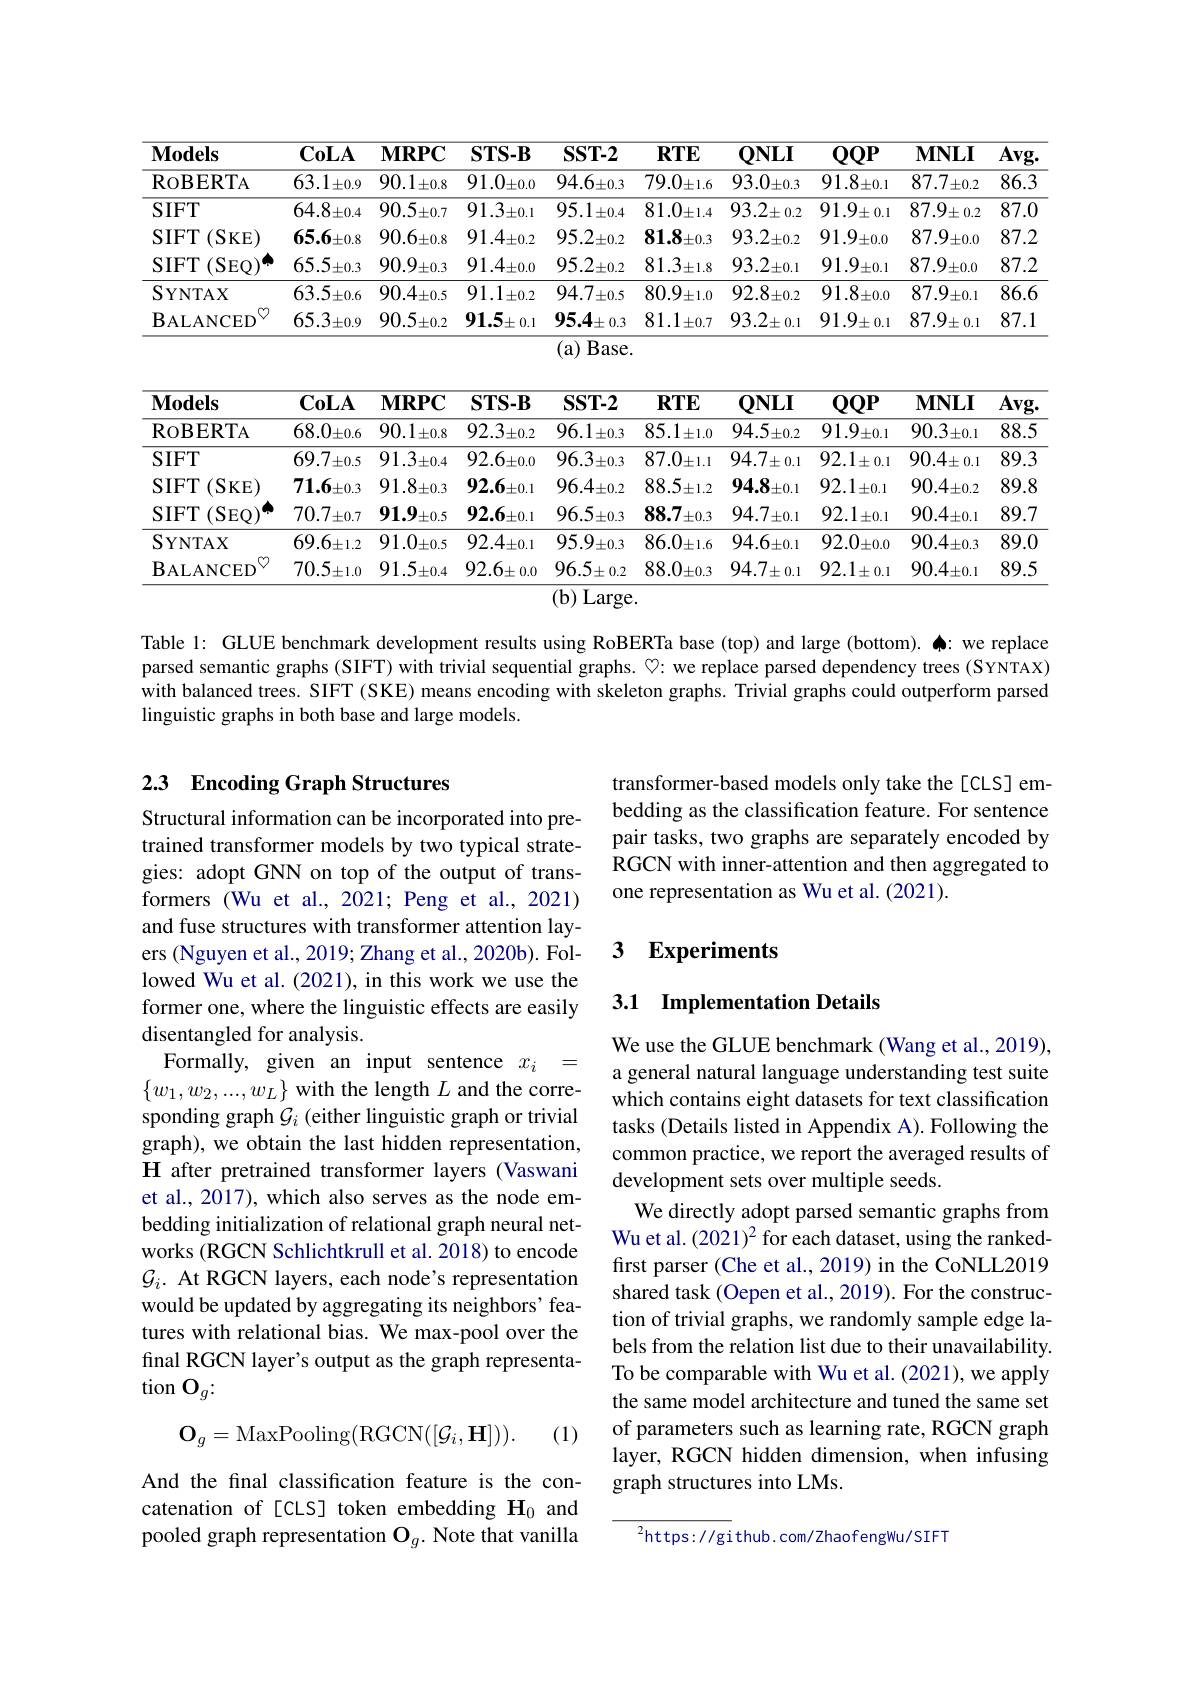
<table>
	<tbody>
		<tr>
			<th>$\mathbf{Models}$</th>
			<th>$\mathbf{CoLA}$</th>
			<th>$\mathbf{MRPC}$</th>
			<th>$\mathbf{STS-B}$</th>
			<th>$SST-2$</th>
			<th>$\textbf{RTE}$</th>
			<th>$QNLI$</th>
			<th>$QQP$</th>
			<th>$\mathbf{MNLI}$</th>
			<th>$\overline{\mathbf{Avg}}.$</th>
		</tr>
		<tr>
			<td>$\operatorname{RoBERTA}$</td>
			<td>$63.1\pm0.9$</td>
			<td>$90.1\pm0.8$</td>
			<td>$91.0\pm0.0$</td>
			<td>$94.6_{\pm0.3}$</td>
			<td>$79.0\pm1.6$</td>
			<td>$93.0_{\pm0.3}$</td>
			<td>$91.8_{\pm0.1}$</td>
			<td>87.7. $\pm0.2$</td>
			<td>86.3</td>
		</tr>
		<tr>
			<td>$SIFT$</td>
			<td>$64.8_{\pm0.4}$</td>
			<td>$90.5\pm0.7$</td>
			<td>$91.3_{\pm0.1}$</td>
			<td>$95.1\pm0.4$</td>
			<td>$81.0\pm1.4$</td>
			<td>$93.2\pm0.2$</td>
			<td>$91.9\pm0.1$</td>
			<td>$87.9_{\pm0.2}$</td>
			<td>$\overline{87.0}$</td>
		</tr>
		<tr>
			<td>(SKE) $SIFT$</td>
			<td>$65.6\pm0.8$</td>
			<td>$90.6\pm0.8$</td>
			<td>$91.4_{\pm0.2}$</td>
			<td>$95.2_{\pm0.2}$</td>
			<td>81.8 $i\pm0.3$</td>
			<td>$93.2_{\pm0.2}$</td>
			<td>91.9 $\pm0.0$</td>
			<td>87.9 $\pm0.0$</td>
			<td>87.2</td>
		</tr>
		<tr>
			<td>$SIFT$ (SEQ)</td>
			<td>$65.5_{\pm0.3}$</td>
			<td>$90.9_{\pm0.3}$</td>
			<td>$91.4_{\pm0.0}$</td>
			<td>$95.2_{\pm0.2}$</td>
			<td>$81.3_{\pm1.8}$</td>
			<td>$93.2_{\pm0.1}$</td>
			<td>91.9 $^{\prime}\pm0.1$</td>
			<td>87.9. $9_{\pm0.0}$</td>
			<td>87.2</td>
		</tr>
		<tr>
			<td>SYNTAX</td>
			<td>$63.5_{\pm0.6}$</td>
			<td>$$90.4_{\pm0.5}$$</td>
			<td>$91.1\pm0.2$</td>
			<td>$94.7_{\pm0.5}$</td>
			<td>80.9 $y_{\pm1.0}$</td>
			<td>$92.8_{\pm0.2}$</td>
			<td>$91.8_{\pm0.0}$</td>
			<td>87.9 $y_{\pm0.1}$ -</td>
			<td>86.6</td>
		</tr>
		<tr>
			<td> $\mathbf{B}_{\mathrm{ALANCED}}$</td>
			<td>$$65.3_{\pm0.9}$$</td>
			<td>$90.5_{\pm0.2}$</td>
			<td>$91.5_{\pm0.1}$</td>
			<td>$95.4\pm0.3$</td>
			<td>81.1 $\pm0.7$</td>
			<td>$93.2\pm0.1$</td>
			<td>91.9. ${\boldsymbol{y}}\pm 0. 1$ 1</td>
			<td>$87.9_{\pm0.1}$</td>
			<td>87.1 </td>
		</tr>
	</tbody>
</table>

<table>
	<tbody>
		<tr>
			<th>$\mathbf{Models}$</th>
			<th>$\mathbf{CoLA}$</th>
			<th>$\mathbf{MRPC}$</th>
			<th>$\mathbf{STS-B}$</th>
			<th>$SST-2$</th>
			<th>$\textbf{RTE}$</th>
			<th>$\mathbf{QNLI}$</th>
			<th>$QQP$</th>
			<th>$\mathbf{MNLI}$</th>
			<th>$\overline{\mathbf{Avg}}$</th>
		</tr>
		<tr>
			<td>$\operatorname{RoBERTA}$</td>
			<td>$68.0\pm0.6$</td>
			<td>$90.1_{\pm0.8}$</td>
			<td>$92.3_{\pm0.2}$</td>
			<td>$96.1_{\pm0.3}$</td>
			<td>$85.1\pm1.0$</td>
			<td>$94.5_{\pm0.2}$</td>
			<td>91.9. $1\pm0.1$</td>
			<td>$90.3_{\pm0.1}$</td>
			<td>88.5</td>
		</tr>
		<tr>
			<td>$SIFT$</td>
			<td>69.7. $\pm0.5$ </td>
			<td>$91.3_{\pm0.4}$</td>
			<td>$92.6\pm0.0$</td>
			<td>$96.3_{\pm0.3}$</td>
			<td>$87.0_{\pm1.1}$</td>
			<td>$94.7\pm0.1$</td>
			<td>$92.1\pm0.1$</td>
			<td>$90.4\pm0.1$</td>
			<td>89.3</td>
		</tr>
		<tr>
			<td>(SKE) $SIFT$</td>
			<td>$71.6_{\pm0.3}$</td>
			<td>$91.8_{\pm0.3}$</td>
			<td>$92.6\pm0.1$</td>
			<td>$96.4_{\pm0.2}$</td>
			<td>$88.5_{\pm1.2}$</td>
			<td>94.8 $\pm0.1$</td>
			<td>$92.1_{\pm0.1}$</td>
			<td>$90.4_{\pm0.2}$</td>
			<td>89.8</td>
		</tr>
		<tr>
			<td>(SEQ) $SIFT$</td>
			<td>$70.7_{\pm0.7}$</td>
			<td>$\mathbf{91.9}_{\pm0.5}$</td>
			<td>$92.6\pm0.1$</td>
			<td>$96.5_{\pm0.3}$</td>
			<td>$88.7_{\pm0.3}$</td>
			<td>94.7 $\pm0.1$</td>
			<td>92.1. $\lfloor\pm0.1$</td>
			<td>$90.4_{\pm0.1}$</td>
			<td>89.7</td>
		</tr>
		<tr>
			<td>${\mathrm{SYNTAX}}$</td>
			<td>$69.6\pm1.2$</td>
			<td>$91.0_{\pm0.5}$</td>
			<td>$92.4_{\pm0.1}$</td>
			<td>95.9. $1\pm0.3$</td>
			<td>$86.0\pm1.6$</td>
			<td>$94.6_{\pm0.1}$</td>
			<td>$92.0_{\pm0.0}$</td>
			<td>$90.4_{\pm0.3}$</td>
			<td>89.0</td>
		</tr>
		<tr>
			<td>$\therefore$ BALANCED</td>
			<td>70.5. $\bar{\mathcal{O}}\pm1.0$</td>
			<td>$91.5\pm0.4$</td>
			<td>$92.6\pm0.0$</td>
			<td>$96.5\pm0.2$</td>
			<td>$88.0_{\pm0.3}$</td>
			<td>$94.7\pm0.1$</td>
			<td>$92.1\pm0.1$</td>
			<td>$90.4_{\pm0.1}$</td>
			<td>89.5</td>
		</tr>
	</tbody>
</table>
(b) Large.

Table l: GLUE benchmark development results using RoBERTa base (top) and large (bottom). $\spadesuit:$ we replace parsed semantic graphs (SIFT) with trivial sequential graphs. ♡: we replace parsed dependency trees (SYNTAX) with balanced trees. SIFT (SKE) means encoding with skeleton graphs. Trivial graphs could outperform parsed linguistic graphs in both base and large models.

## 2.3 Encoding Graph Structures

transformer-based models only take the[CLS] embedding as the classification feature. For sentence pair tasks, two graphs are separately encoded by RGCN with inner-attention and then aggregated to one representation as Wu et al. (2021).

## 3 Experiments

### 3.1 Implementation Details

Structural information can be incorporated into pretrained transformer models by two typical strategies: adopt GNN on top of the output of transformers (Wu et al.,2021; Peng et al.,2021) and fuse structures with transformer attention layers (Nguyen et al., 2019; Zhang et al., 2020b). Followed Wu et al. (2021), in this work we use the former one, where the linguistic effects are easily disentangled for analysis.
Formally, given an input sentence $x_i=$ $\{w_1,w_2,...,w_L\}$ with the length $L$ and the corresponding graph $\mathcal{G}_i$ (either linguistic graph or trivial graph), we obtain the last hidden representation, H after pretrained transformer layers (Vaswani et al., 2017), which also serves as the node embedding initialization of relational graph neural networks (RGCN Schlichtkrull et al. 2018) to encode $\mathcal{G}_i.$ At RGCN layers, each node's representation would be updated by aggregating its neighbors' features with relational bias. We max-pool over the final RGCN layer's output as the graph representation $\mathcal{O}_g{:}$
$$\mathbf{O}_g=\mathrm{MaxPooling}(\mathrm{RGCN}([\mathcal{G}_i,\mathbf{H}])).$$
We use the GLUE benchmark (Wang et al., 2019), a general natural language understanding test suite which contains eight datasets for text classification tasks (Details listed in Appendix A). Following the common practice, we report the averaged results of development sets over multiple seeds.
We directly adopt parsed semantic graphs from Wu et al. (2021)$^2$ for each dataset, using the rankedfirst parser (Che et al., 2019) in the CoNLL2019 shared task (Oepen et al., 2019). For the construction of trivial graphs, we randomly sample edge labels from the relation list due to their unavailability. To be comparable with Wu et al.(2021), we apply the same model architecture and tuned the same set of parameters such as learning rate, RGCN graph layer, RGCN hidden dimension, when infusing graph structures into LMs.

(1)

And the final classification feature is the concatenation of[CLS] token embedding $\mathbf{H}_0$ and pooled graph representation $\mathbf{O}_g.$ Note that vanilla

$^{2}$https: //gi thub. com/ZhaofengWu/SIFT